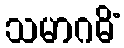
သမာဂမိံ